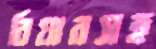
বিয়ারসহ